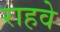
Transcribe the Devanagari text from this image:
राहवे